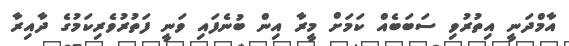
އާމްދަނީ އިތުރުވި ސަބަބެއް ކަމަށް މީރާ އިން ބުނެފައި ވަނީ ފަތުރުވެރިކަމުގެ ދާއިރާ